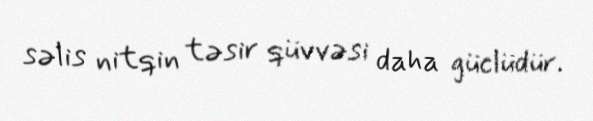
səlis nitqin təsir qüvvəsi daha güclüdür.